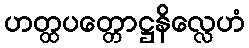
ဟတ္ထပတ္တောဋ္ဌနိလ္လေဟံ